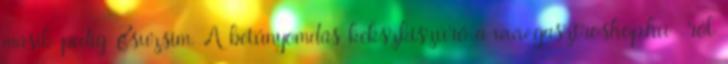
másik pedig Zsuzsim. A betűnyomdás kekszkiszúró a www.gasztroshop.hu -ról